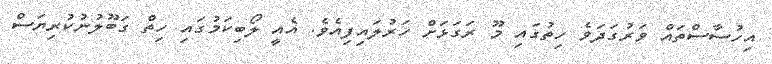
އިހުސާސްތައް ވަރުގަދަވެ ހިތުގައި މޫ ރަގަޅަށް ހަރުލައިފިއެވެ. އެއީ ލޯބިކަމުގައި ހިތް ގަބޫލުނުކުރިޔަސް